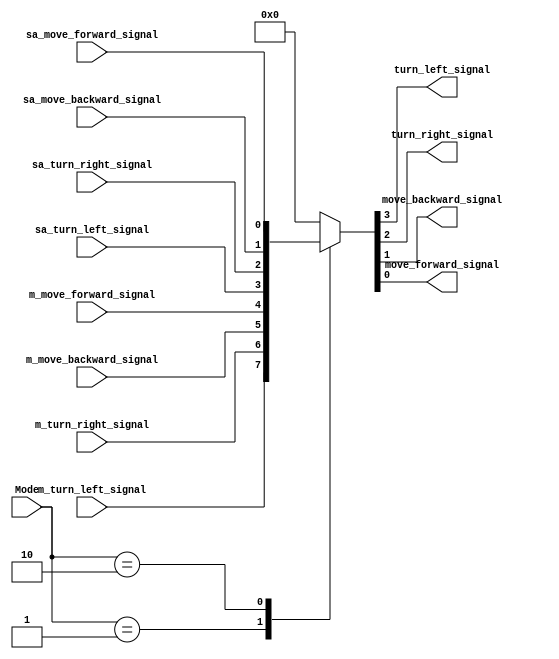
module signal_trans(
    input [2:0] Mode,
    input m_turn_left_signal,
    input m_turn_right_signal,
    input m_move_backward_signal,
    input m_move_forward_signal,
    input sa_turn_left_signal,
    input sa_turn_right_signal,
    input sa_move_backward_signal,
    input sa_move_forward_signal,
    output reg turn_left_signal,
    output reg turn_right_signal,
    output reg move_backward_signal,
    output reg move_forward_signal
    );
always @(*) begin
    case(Mode)
        3'b001:{turn_left_signal, turn_right_signal, move_backward_signal, move_forward_signal} = {m_turn_left_signal, m_turn_right_signal, m_move_backward_signal, m_move_forward_signal};
        3'b010:{turn_left_signal, turn_right_signal, move_backward_signal, move_forward_signal} = {sa_turn_left_signal, sa_turn_right_signal, sa_move_backward_signal, sa_move_forward_signal};
        default:{turn_left_signal, turn_right_signal, move_backward_signal, move_forward_signal} = 4'b0000;
    endcase
end
endmodule